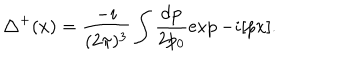
{ \triangle } ^ { + } ( x ) = \frac { - i } { ( 2 \pi ) ^ { 3 } } \int \frac { d { \bf p } } { 2 p _ { 0 } } { \exp - i [ p x ] } .